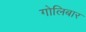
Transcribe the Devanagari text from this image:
गोलिबार